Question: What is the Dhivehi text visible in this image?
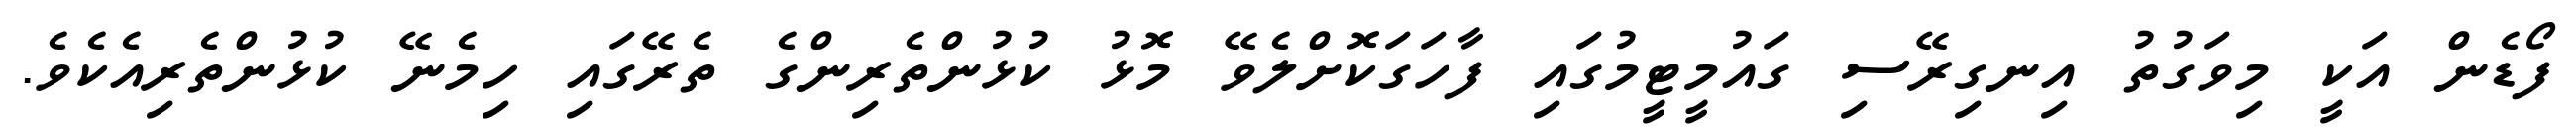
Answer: ފޯޑެން އަކީ މިވަގުތު އިނގިރޭސި ގައުމީޓީމުގައި ފާހަގަކޮށްލެވޭ މޮޅު ކުޅުންތެރިންގެ ތެރޭގައި ހިމެނޭ ކުޅުންތެރިއެކެވެ.